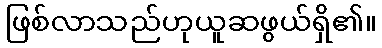
ဖြစ်လာသည်ဟုယူဆဖွယ်ရှိ၏။